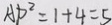
A D ^ { 2 } = 1 + 4 = 5